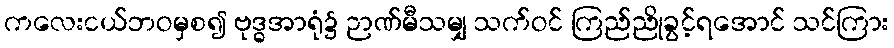
ကလေးငယ်ဘဝမှစ၍ ဗုဒ္ဓအာရုံ၌ ဉာဏ်မီသမျှ သက်ဝင် ကြည်ညိုခွင့်ရအောင် သင်ကြား